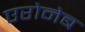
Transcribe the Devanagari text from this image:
एरोनेब